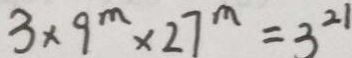
3 \times 9 ^ { m } \times 2 7 ^ { m } = 3 ^ { 2 1 }